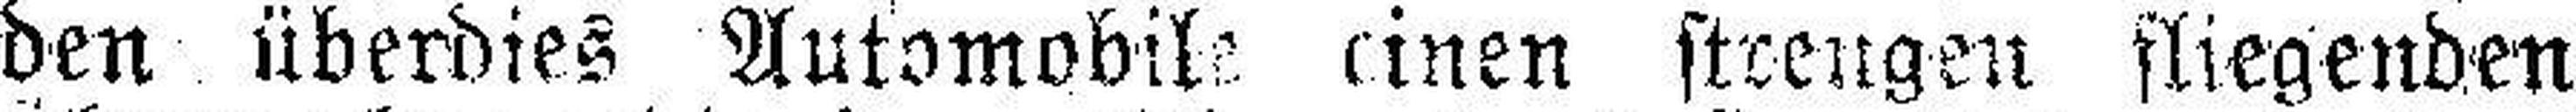
den überdies Automobile einen strengen fliegenden